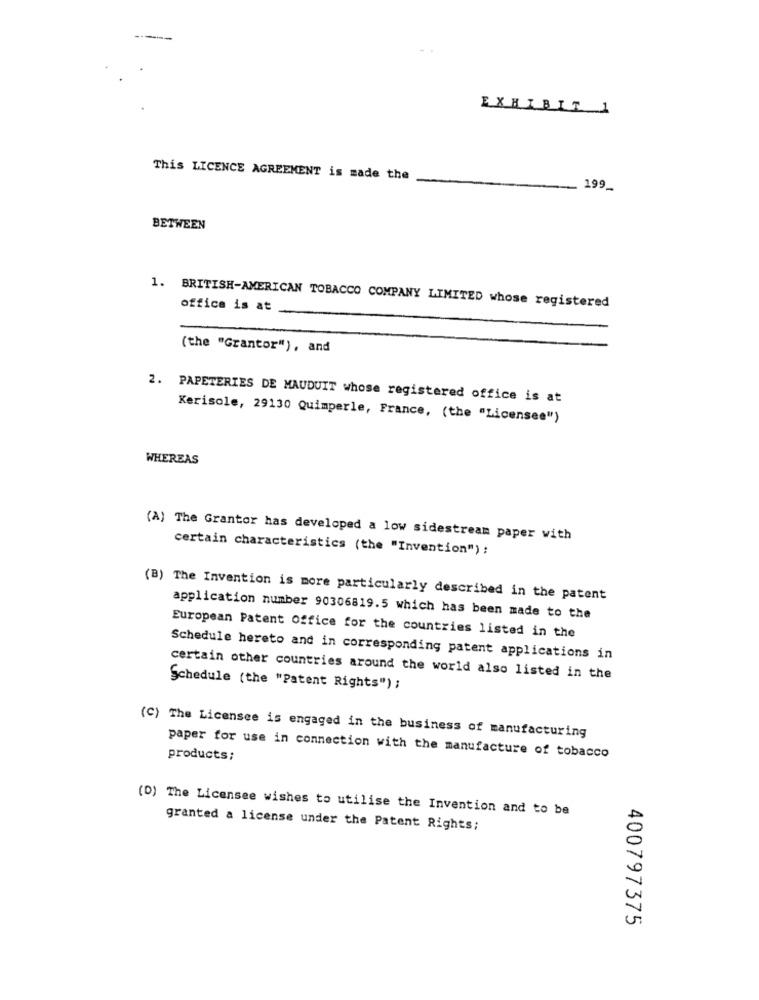
EXHIBIT 1
This LICENCE AGREEMENT is made the
199_
BETWEEN
1. BRITISH-AMERICAN TOBACCO COMPANY LIMITED whose registered
office is at
(the "Grantor"), and
2. PAPETERIES DE MAUDUIT whose registered office is at
Kerisole, 29130 Quimperle, France, (the "Licensee")
WHEREAS
(A) The Grantor has developed a low sidestream paper with
certain characteristics (the "Invention") :
(B) The Invention is more particularly described in the patent
application number 90306819.5 which has been made to the
European Patent Office for the countries listed in the
Schedule hereto and in corresponding patent applications in
certain other countries around the world also listed in the
Schedule (the "Patent Rights") ;
(C) The Licensee is engaged in the business of manufacturing
paper for use in connection with the manufacture of tobacco
products:
(D) The Licensee wishes to utilise the Invention and to be
granted a license under the Patent Rights;
400797375